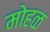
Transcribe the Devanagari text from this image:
मोहळ